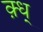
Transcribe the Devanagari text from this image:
क़्ध्